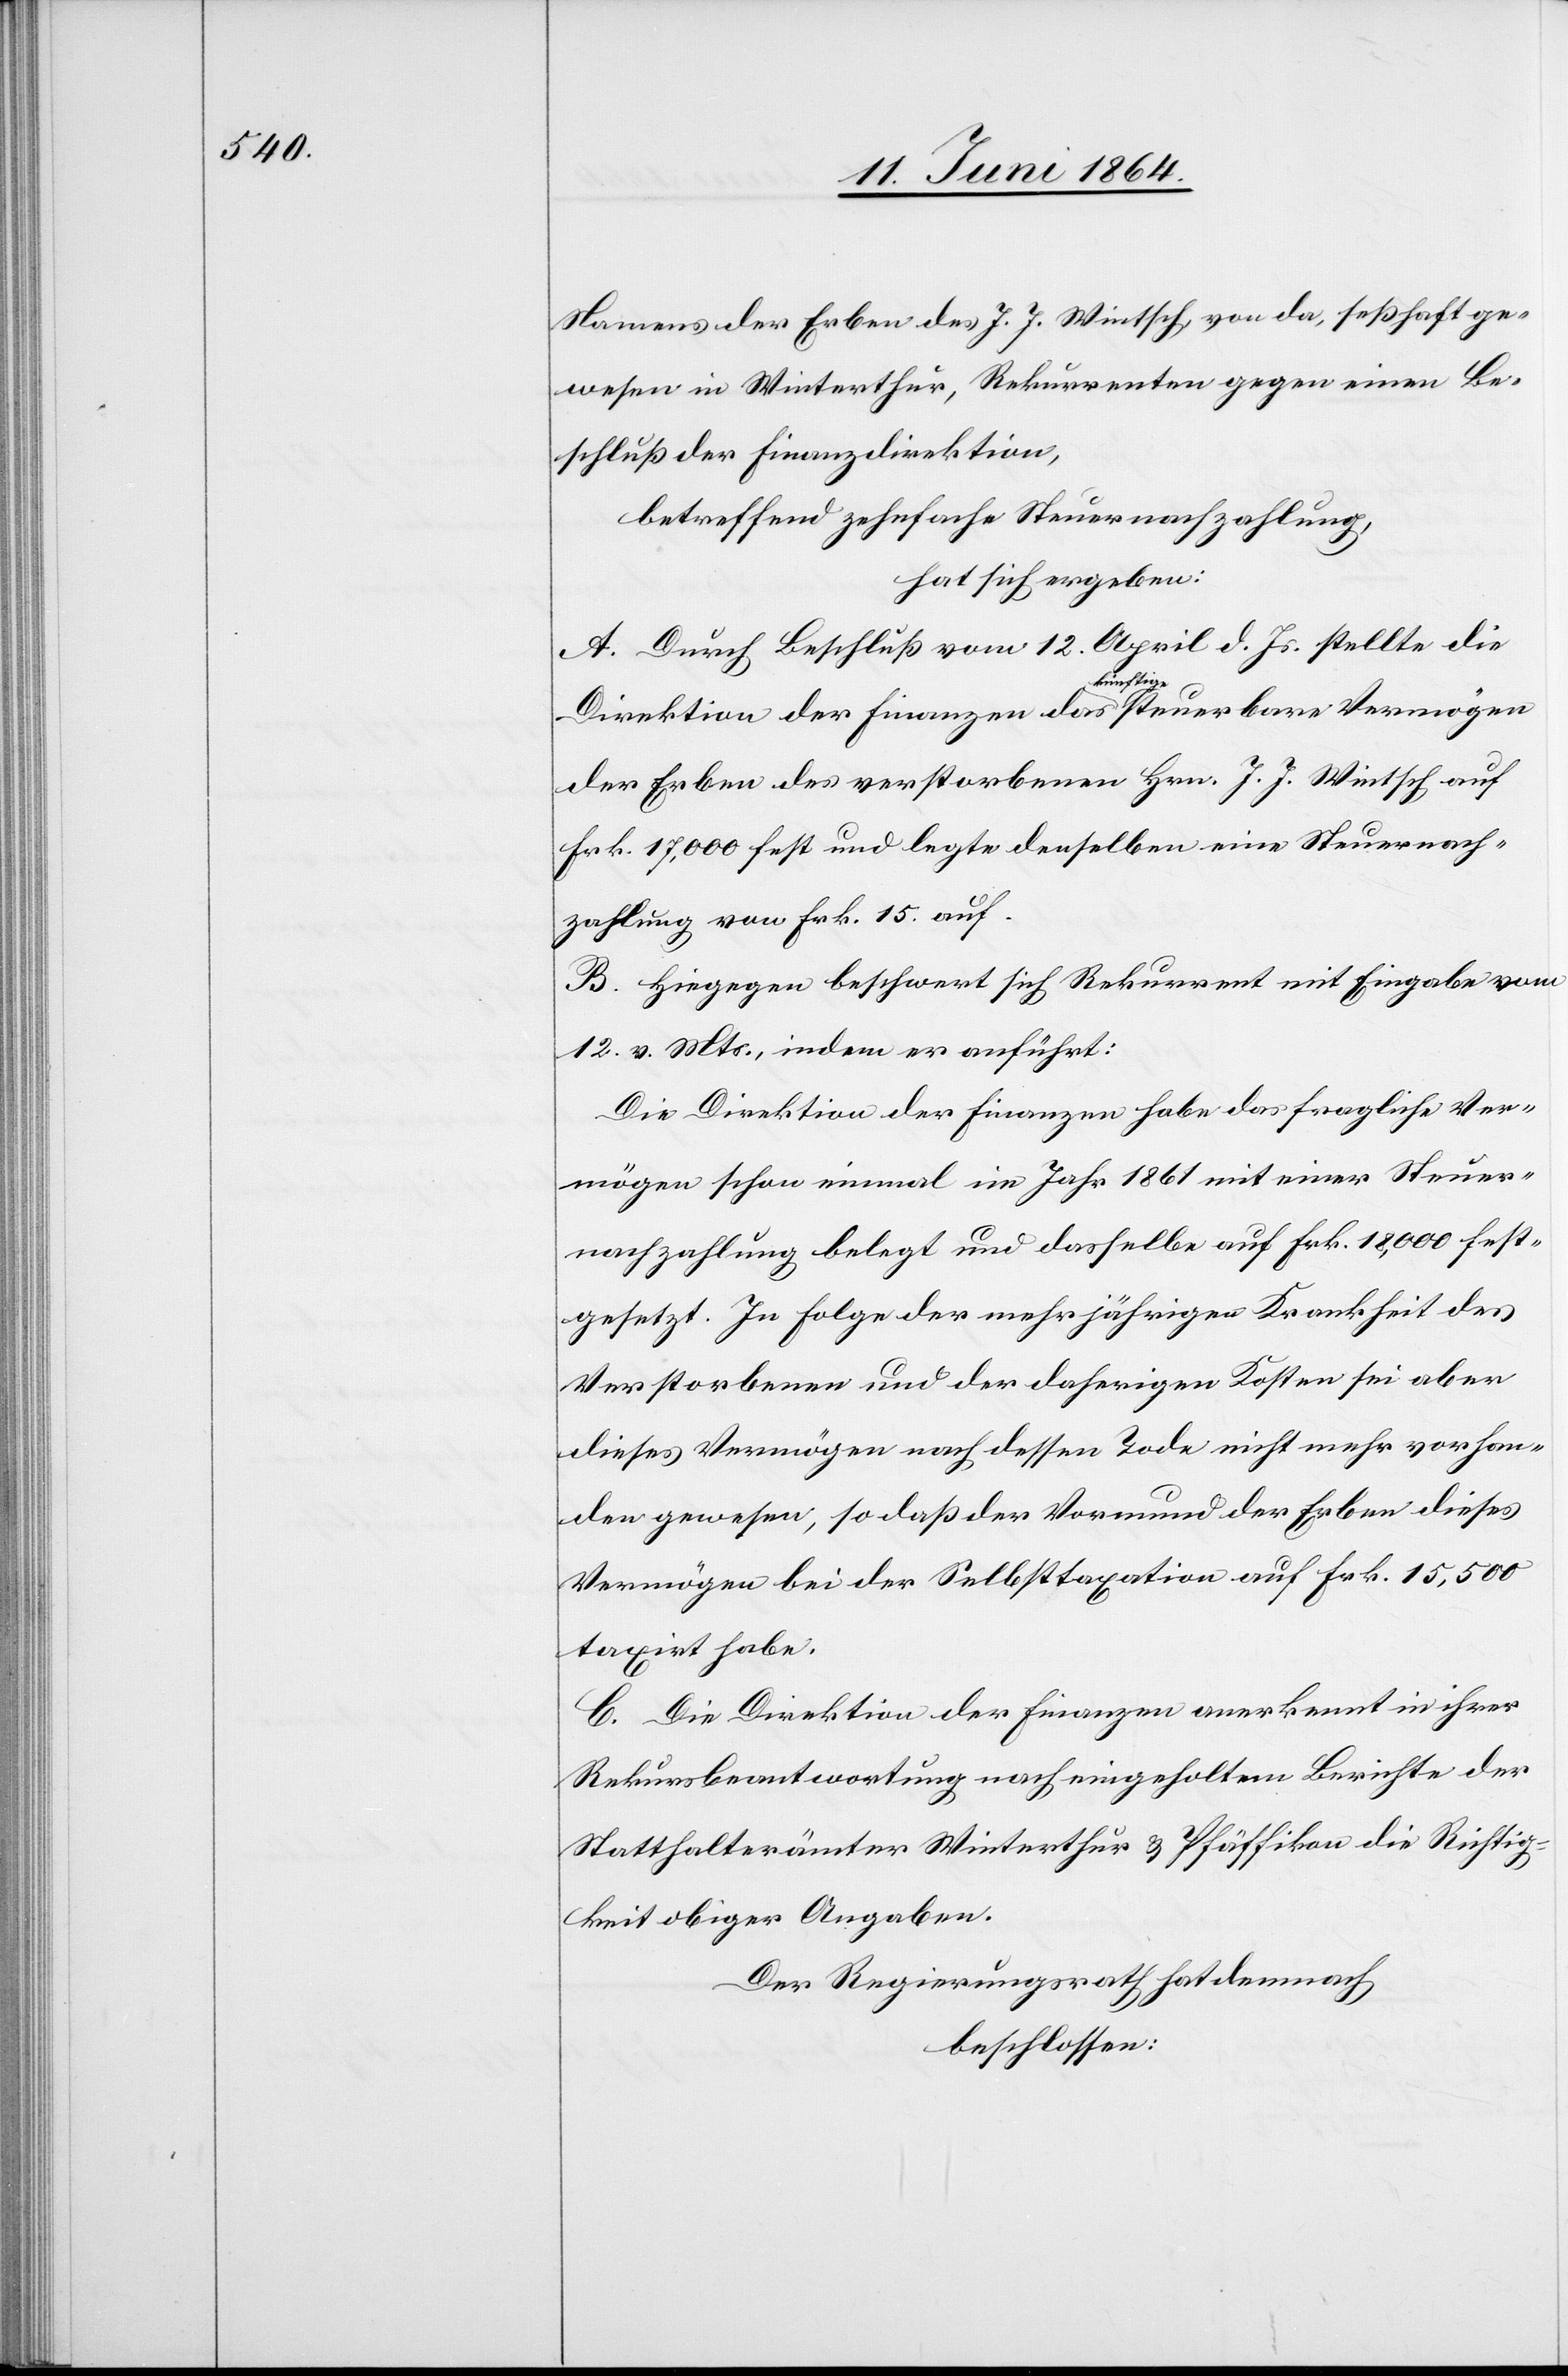
Namens der Erben des J. J. Wintsch, von da, seßhaft ge¬
wesen in Winterthur, Rekurrenten gegen einen Be¬
schluß der Finanzdirektion,
betreffend zehnfache Steuernachzahlung,
hat sich ergeben:
A. Durch Beschluß vom 12. April d. Js. stellte die
Direktion der Finanzen das künftige steuerbare Vermögen
der Erben des verstorbenen Hrn. J. J. Wintsch auf
Frk. 17,000 fest und legte denselben eine Steuernach¬
zahlung von Frk. 15 auf.
B. Hiegegen beschwert sich Rekurrent mit Eingabe vom
12. v. Mts., indem er anführt:
Die Direktion der Finanzen habe das fragliche Ver¬
mögen schon einmal im Jahr 1861 mit einer Steuer¬
nachzahlung belegt und dasselbe auf Frk. 18,000 fest¬
gesetzt. In Folge der mehrjährigen Krankheit des
Verstorbenen und der daherigen Kosten sei aber
dieses Vermögen nach dessen Tode nicht mehr vorhan¬
den gewesen, so daß der Vormund der Erben dieses
Vermögen bei der Selbsttaxation auf Frk. 15,000
taxirt habe.
C. Die Direktion der Finanzen anerkennt in ihrer
Rekursbeantwortung nach eingeholtem Berichte der
Statthalterämter Winterthur u. Pfäffikon die Richtig¬
keit obiger Angaben.
Der Regierungsrath hat demnach
beschlossen: